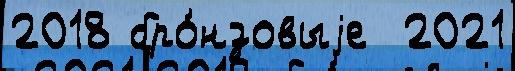
2018 бро́нзовыjе  2021